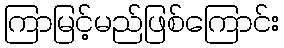
ကြာမြင့်မည်ဖြစ်ကြောင်း